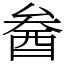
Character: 𨠒